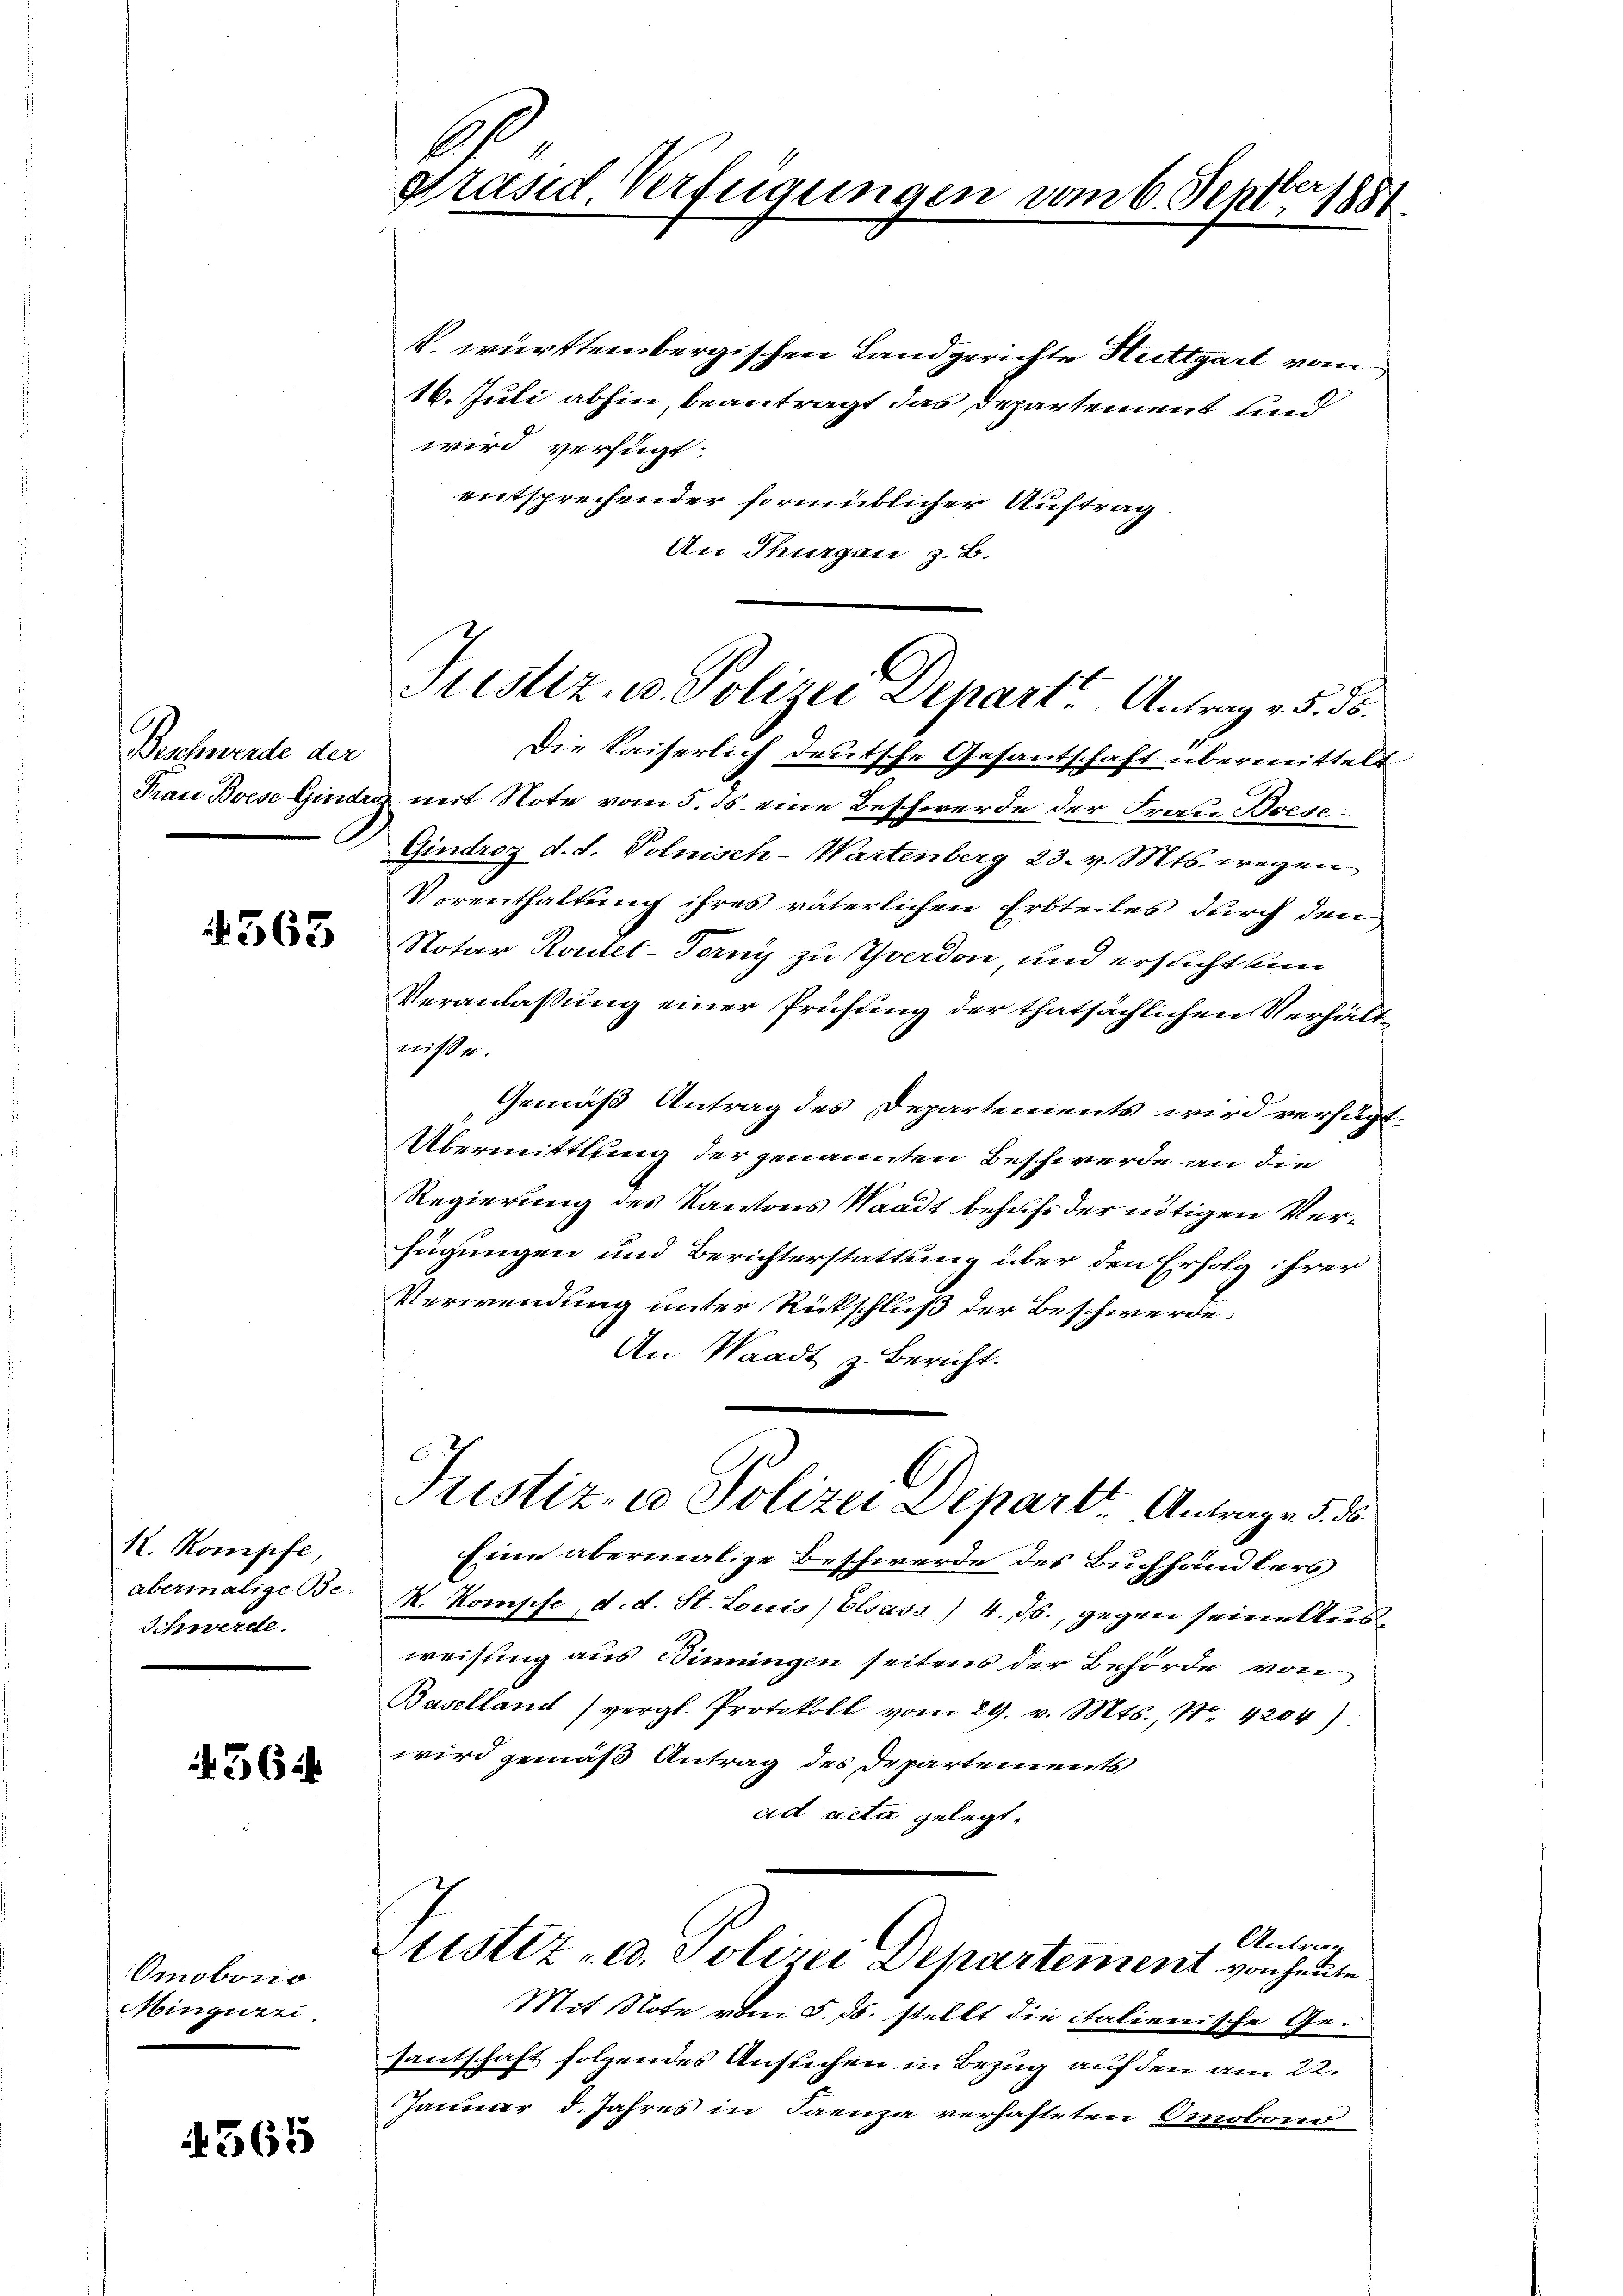
Beschwerde der
Frau Boese Ginde

4363

R. Kompfe
abermalige Be¬
Schwerde.

36 x

Omnobono
Mingweri.

565

Er
Präsid. Verfügungen vom 6. Septbr 1881

V. württembergischen Landgerichte Stuttgart vom
16. Juli abhin, beantragt das Departement und
wird verfügt:
entsprechender formüblicher Auftrag
An Thurgau, z. B.
Die Kaiserlich deutsche Gesantschaft übermittelt
g mit Note vom 5. ds. eine Beschwerde der Frau Boese¬
Gindroz d. d. Polnisch-Wartenberg 23. v. Mts. wegen
Vorenthaltung ihres väterlichen Erbteiles durch den
Notar Routet-Terny zu Yverdon, und ersucht un
Veranlaßung einer Prüfung der thatsächlichen Verhältniße.
Gemäß Antrag des Departements wird verfügt.
Übermittlung der genannten Beschwerde an die
Regierung des Kantons Waadt behufs der nötigen Verfügungen und Berichterstattung über den Erfolg ihrer
Verwendung unter Rückschluß der Beschwerde.
An Waadt z. Bericht.
Justiz- u Polizei Departe Antrage §. 5.
Eine abermalige Beschwerde des Buchhändlers
K. Komphe, d. d. St. Louis) Elsass) 4. ds., gegen seine Ausweisung aus Binningen seitens der Behörde von
Baselland (vergl. Protokoll vom 29. v. Mts., Nr. 4204)
wird gemäß Antrag des Departements
eid acta gelegt.
Antrag
Stistiz- u. Polizei Departement von heute
Mit Note vom 5. ds. stellt die italienische Gesantschaft folgendes Ansuchen in Bezug auf den am 22.
Januar d. Jahres in Saruza verhafteten Omobond

Prustiz, u. Polizei Depart Antrag v. 5. ds.